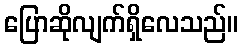
ပြောဆိုလျက်ရှိလေသည်။